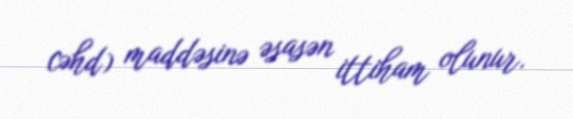
cəhd) maddəsinə əsasən ittiham olunur.